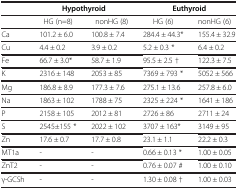
|  | <COLSPAN=2> Hypothyroid | <COLSPAN=2> Euthyroid |
 | --- | --- | --- | --- | --- |
 |  | HG (n=8) | nonHG (8) | HG (6) | nonHG (6) |
 | Ca | 101.2 ± 6.0 | 100.8 ± 7.4 | 284.4 ± 44.3* | 155.4 ± 32.9 |
 | Cu | 4.4 ± 0.2 | 3.9 ± 0.2 | 5.2 ± 0.3 * | 6.4 ± 0.2 |
 | Fe | 66.7 ± 3.0* | 58.7 ± 1.9 | 95.5 ± 2.5 † | 122.3 ± 7.5 |
 | K | 2316 ± 148 | 2053 ± 85 | 7369 ± 793 * | 5052 ± 566 |
 | Mg | 186.8 ± 8.9 | 177.3 ± 7.6 | 275.1 ± 13.6 | 257.8 ± 6.0 |
 | Na | 1863 ± 102 | 1788 ± 75 | 2325 ± 224 * | 1641 ± 186 |
 | P | 2158 ± 105 | 2012 ± 81 | 2726 ± 86 | 2711 ± 24 |
 | S | 2545±155 * | 2022 ± 102 | 3707 ± 163* | 3149 ± 95 |
 | Zn | 17.6 ± 0.7 | 17.7 ± 0.8 | 23.1 ± 1.1 | 22.2 ± 0.3 |
 | MT1a | - | - | 0.66 ± 0.13 * | 1.00 ± 0.05 |
 | ZnT2 | - | - | 0.76 ± 0.07 # | 1.00 ± 0.10 |
 | γ-GCSh | - | - | 1.30 ± 0.08 † | 1.00 ± 0.03 |